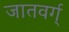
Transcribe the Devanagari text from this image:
जातवर्ग्